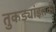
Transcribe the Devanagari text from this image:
तुकड्यांइतकी